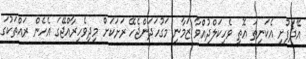
އޭދަފުށި އެކަނިތަ އޮތީ ވެހިކަލްދުއްވާ ޒަމާނީ މަގުހަދަންޖެހޭ ރަށަކަށް މިދިވެހިރާއްޖޭގަ އެހެން ރައްތަކުގަ